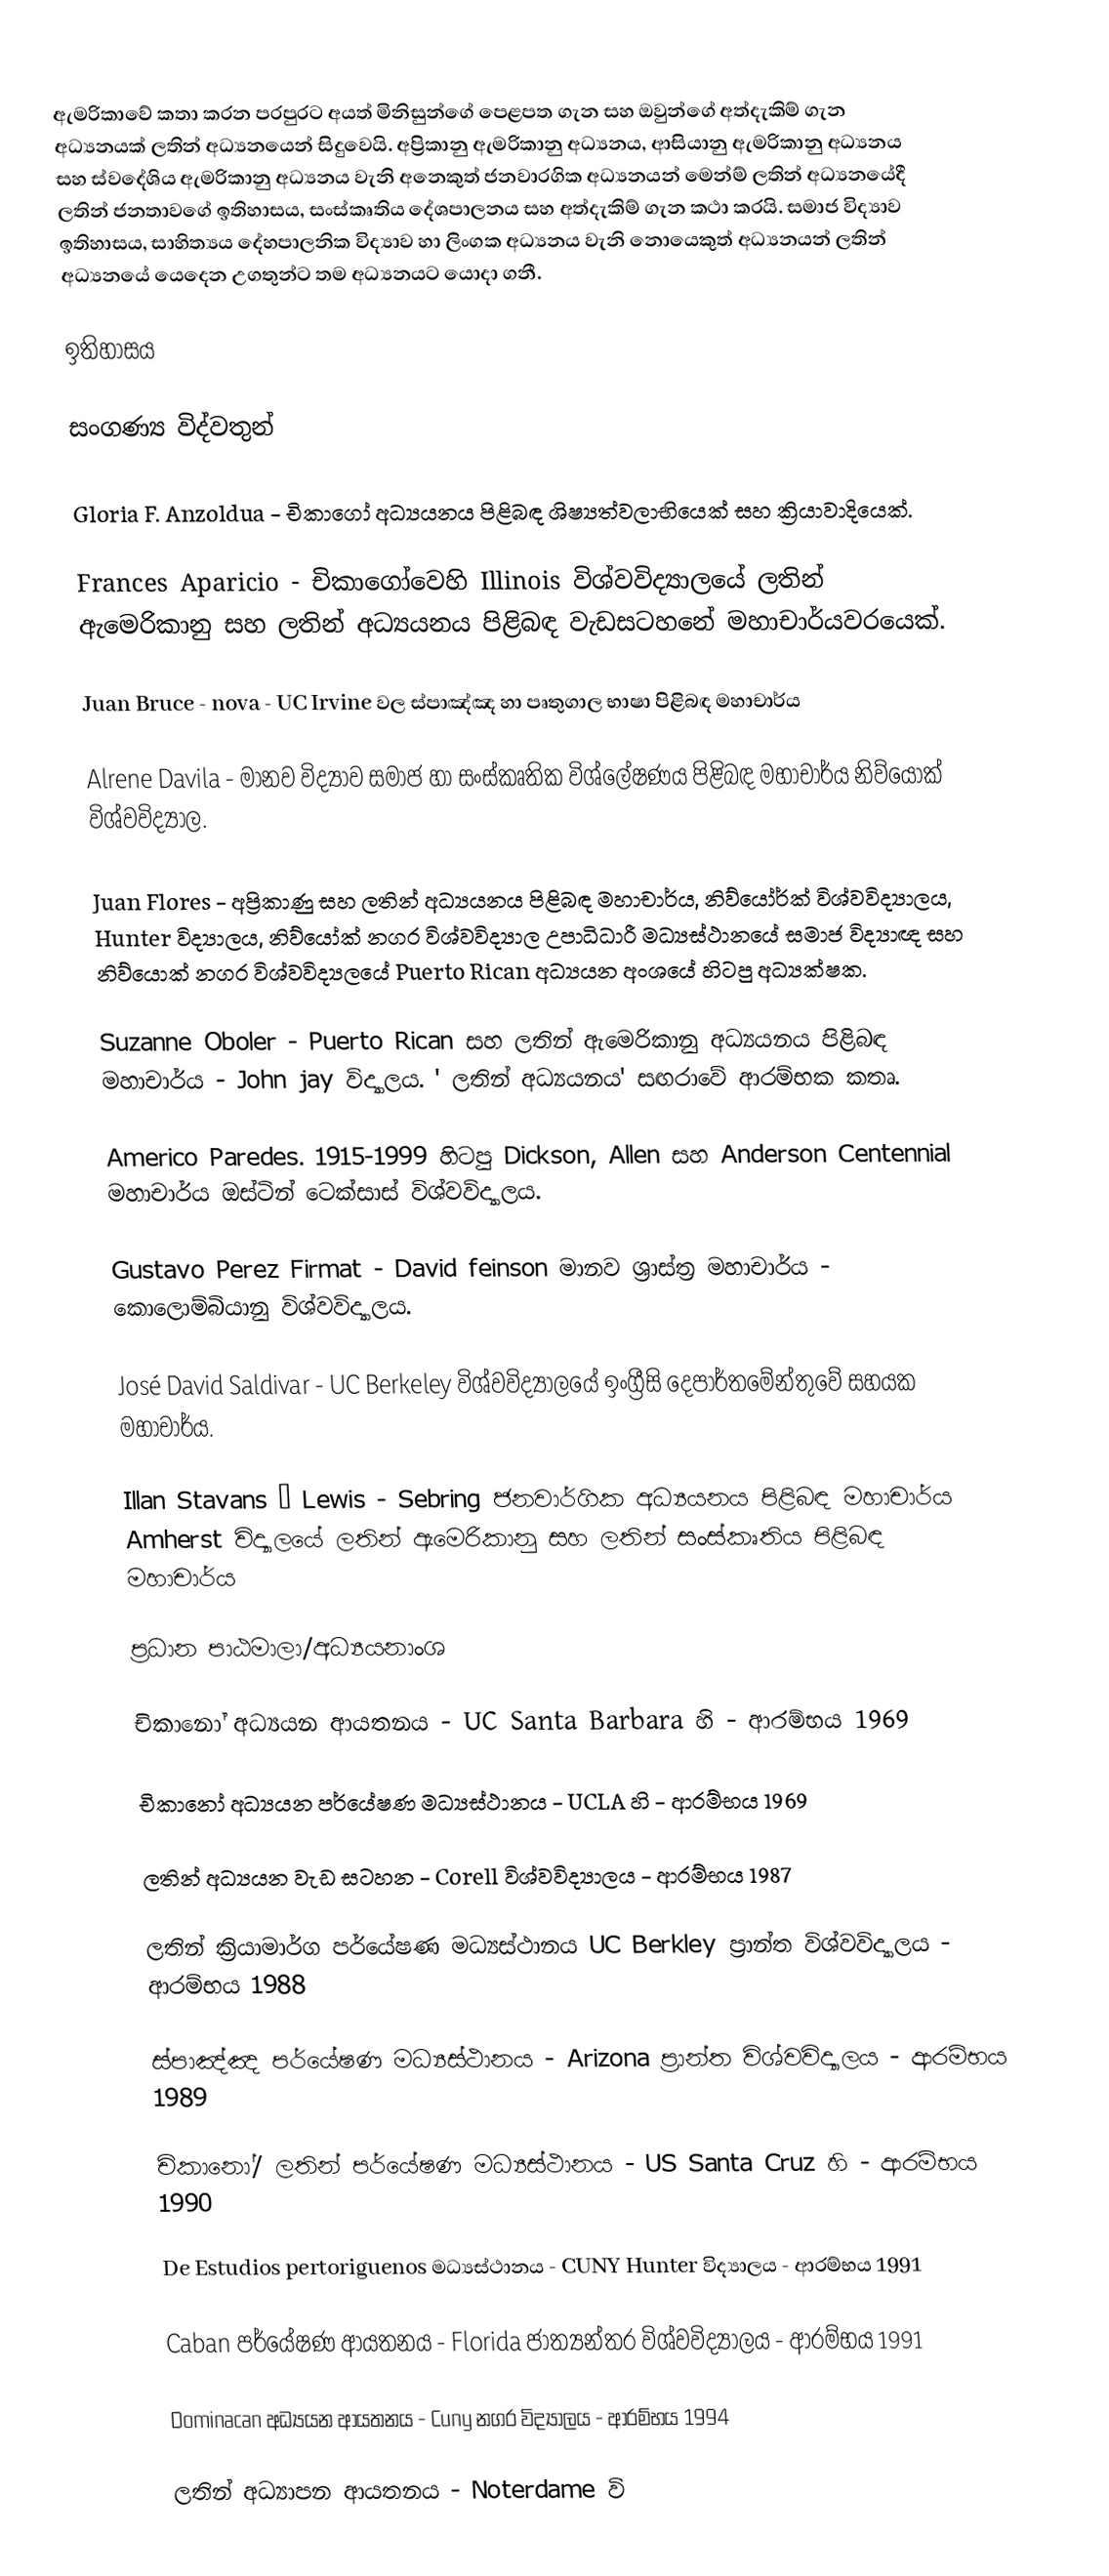
ඇමරිකාවේ කතා කරන පරපුරට අයත් මිනිසුන්ගේ පෙළපත ගැන සහ ඔවුන්ගේ අත්දැකිම් ගැන අධ්‍යනයක් ලතින් අධ්‍යනයෙන් සිදුවෙයි. අප්‍රිකානු ඇමරිකානු අධ්‍යනය, ආසියානු ඇමරිකානු අධ්‍යනය සහ ස්වදේශිය ඇමරිකානු අධ්‍යනය වැනි අනෙකුත් ජනවාරගික අධ්‍යනයන් මෙන්ම් ලතින් අධ්‍යනයේදී ලතින් ජනතාවගේ ඉතිහාසය, සංස්කෘතිය දේශපාලනය සහ අත්දැකිම් ගැන කථා කරයි. සමාජ විද්‍යාව ඉතිහාසය, සාහිත්‍යය දේහපාලනික විද්‍යාව හා ලිංගක අධ්‍යනය වැනි නොයෙකුත් අධ්‍යනයන් ලතින් අධ්‍යනයේ යෙදෙන උගතුන්ට තම අධ්‍යනයට යොදා ගනී.

ඉතිහාසය

සංගණ්‍ය විද්වතුන්

 Gloria F. Anzoldua - 	චිකාගෝ අධ්‍යයනය පිළිබඳ ශිෂ්‍යත්වලාභියෙක් සහ ක්‍රියාවාදියෙක්.

	Frances Aparicio - චිකාගෝවෙහි  Illinois විශ්වවිද්‍යාලයේ ලතින් ඇමෙරිකානු සහ ලතින් අධ්‍යයනය පිළිබඳ වැඩසටහනේ මහාචාර්යවරයෙක්.

 Juan Bruce - nova - UC Irvine  වල ස්පාඤ්ඤ හා පෘතුගාල භාෂා පිළිබඳ මහාචාර්ය

 Alrene Davila - මානව විද්‍යාව සමාජ හා සංස්කෘතික විශ්ලේෂණය පිළිබඳ මහාචාර්ය නිව්යෝක් විශ්වවිද්‍යාල.

 Juan Flores - 	අප්‍රිකාණු සහ ලතින් අධ්‍යයනය පිළිබඳ මහාචාර්ය, නිව්යෝර්ක් විශ්වවිද්‍යාලය, Hunter විද්‍යාලය, නිව්යෝක් නගර විශ්වවිද්‍යාල උපාධිධාරී මධ්‍යස්ථානයේ සමාජ විද්‍යාඥ සහ නිව්යොක් නගර විශ්වවිද්‍යලයේ  Puerto Rican අධ්‍යයන අංශයේ හිටපු අධ්‍යක්ෂක.

 Suzanne Oboler - Puerto Rican සහ ලතින් ඇමෙරිකානු අධ්‍යයනය පිළිබඳ මහාචාර්ය - John jay විද්‍යාලය.  ' ලතින් අධ්‍යයනය' සඟරාවේ ආරම්භක කතෘ.

 Americo Paredes. 1915-1999 හිටපු Dickson, Allen සහ Anderson Centennial මහාචාර්ය ඔස්ටින් ටෙක්සාස් විශ්වවිද්‍යාලය.

Gustavo Perez Firmat - David feinson මානව ශ්‍රාස්ත්‍ර මහාචාර්ය - කොලොම්බියානු විශ්වවිද්‍යාලය.

 José David Saldivar - UC Berkeley විශ්වවිද්‍යාලයේ ඉංග්‍රීසි දෙපාර්තමේන්තුවේ සහයක මහාචාර්ය.

Illan Stavans – Lewis - Sebring ජනවාර්ගික අධ්‍යයනය පිළිබඳ මහාචාර්ය Amherst විද්‍යාලයේ ලතින් ඇමෙරිකානු සහ ලතින් සංස්කෘතිය පිළිබඳ මහාචාර්ය

ප්‍රධාන පාඨමාලා/අධ්‍යයනාංශ

	චිකානෝ අධ්‍යයන ආයතනය - UC Santa Barbara හි - ආරම්භය 1969

	චිකානෝ අධ්‍යයන පර්යේෂණ මධ්‍යස්ථානය - UCLA හි - ආරම්භය 1969

	ලතින් අධ්‍යයන වැඩ සටහන -  Corell විශ්වවිද්‍යාලය - ආරම්භය 1987

	ලතින් ක්‍රියාමාර්ග පර්යේෂණ මධ්‍යස්ථානය UC Berkley ප්‍රාන්ත විශ්වවිද්‍යාලය - ආරම්භය 1988

	ස්පාඤ්ඤ පර්යේෂණ මධ්‍යස්ථානය - Arizona ප්‍රාන්ත විශ්වවිද්‍යාලය - ආරම්භය 1989

	චිකානෝ/ ලතින් පර්යේෂණ මධ්‍යස්ථානය - US Santa Cruz හි - ආරම්භය 1990

	De Estudios pertoriguenos මධ්‍යස්ථානය - CUNY Hunter විද්‍යාලය - ආරම්භය 1991

	Caban පර්යේෂණ ආයතනය - Florida ජාත්‍යන්තර විශ්වවිද්‍යාලය - ආරම්භය 1991

	Dominacan අධ්‍යයන ආයතනය - Cuny නගර විද්‍යාලය - ආරම්භය 1994

	ලතින් අධ්‍යාපන ආයතනය - Noterdame වි